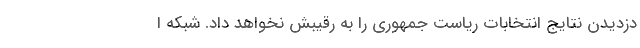
دزدیدن نتایج انتخابات ریاست جمهوری را به رقیبش نخواهد داد. شبکه ا